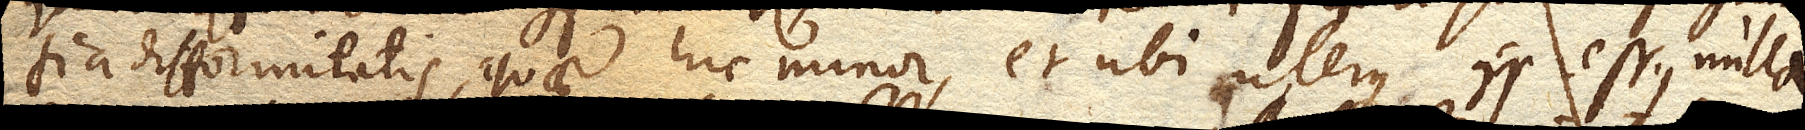
tia difformitatis, quae hic minor, et ubi uterus compressus nulla.